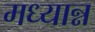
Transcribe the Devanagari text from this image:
मध्यान्न